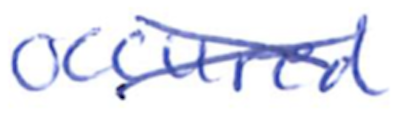
Text: occurred
Cross-out: cross
Writing tool: ballpoint